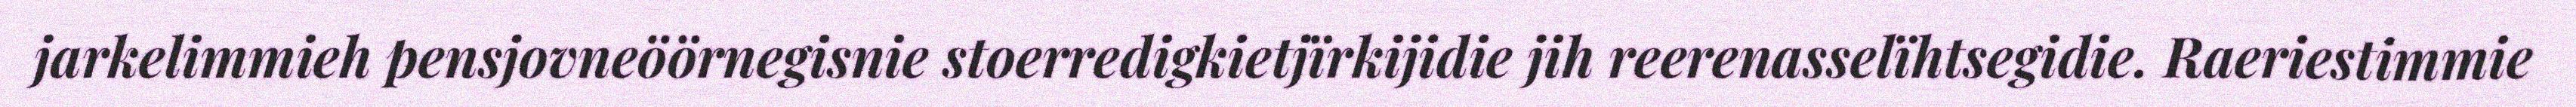
jarkelimmieh pensjovneöörnegisnie stoerredigkietjïrkijidie jih reerenasselïhtsegidie. Raeriestimmie